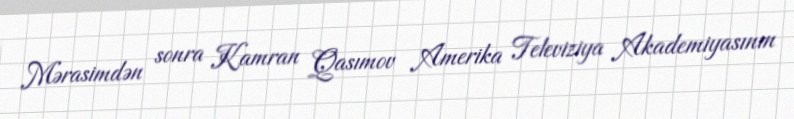
Mərasimdən sonra Kamran Qasımov Amerika Televiziya Akademiyasının